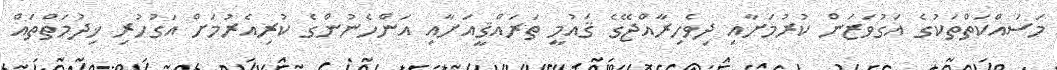
މަސައްކަތްތަކުގެ އަގުވަޒަން ކުރުމަށާއި ދިވެހިރާއްޖޭގެ ޤައުމީ ތަރައްޤީއަށާއި އަންހެނުންގެ ކުރިއެރުމަށް އަގުހުރި ޚިދުމަތްތައް